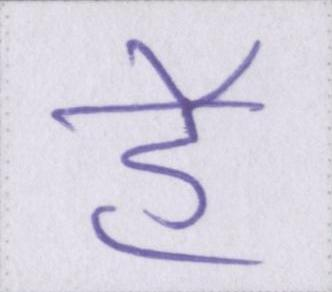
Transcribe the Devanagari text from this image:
हे